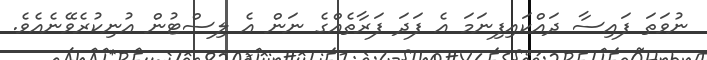
ނުވަތަ ފައިސާ ދައްކައިފިނަމަ އެ ފަދަ ފަރާތެއްގެ ނަން އެ ލިސްޓުން އުނިކުރެވޭނެއެވެ.